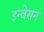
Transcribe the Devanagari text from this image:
इन्वेसन